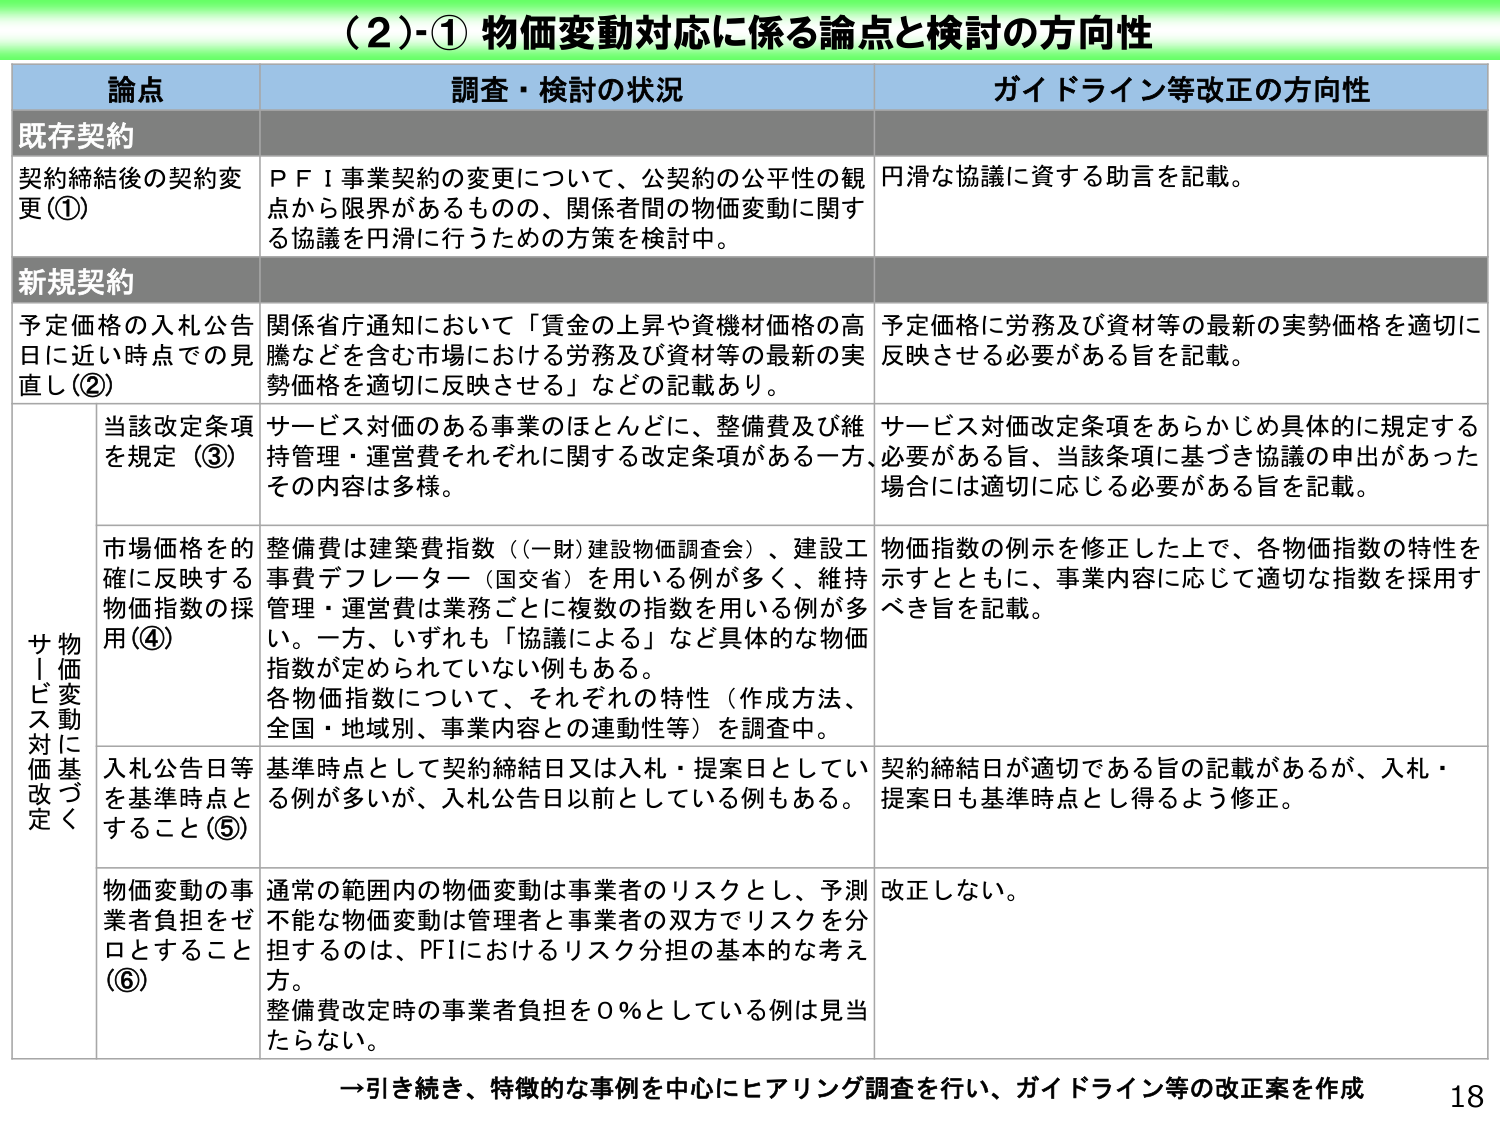
（２）-① 物価変動対応に係る論点と検討の方向性

論点　　　　　　　　　　　　　　　　　　　　　調査・検討の状況　　　　　　　　　　　　　　　　　　　ガイドライン等改正の方向性

既存契約
契約締結後の契約変更（①）　　　　　　　ＰＦＩ事業契約の変更について、公契約の公平性の観点から限界があるものの、関係者間の物価変動に関する協議を円滑に行うための方策を検討中。　　　　　　　　　円滑な協議に資する助言を記載。

新規契約
予定価格の入札公告日に近い時点での見直し（②）　　　　　　　関係省庁通知において「賃金の上昇や資機材価格の高騰などを含む市場における労務及び資材等の最新の実勢価格を適切に反映させる」などの記載あり。　　　　　　　　　予定価格に労務及び資材等の最新の実勢価格を適切に反映させる必要がある旨を記載。

サ｜ビス対価改定
物価変動に基づく
当該改定条項を規定（③）　　　　　　　サービス対価のある事業のほとんどに、整備費及び維持管理・運営費それぞれに関する改定条項がある一方、その内容は多様。　　　　　　　　　サービス対価改定条項をあらかじめ具体的に規定する必要がある旨、当該条項に基づき協議の申出があった場合には適切に応じる必要がある旨を記載。

市場価格を的確に反映する物価指数の採用（④）　　　　　　　整備費は建築費指数（（一財）建設物価調査会）、建設工事費デフレーター（国交省）を用いる例が多く、維持管理・運営費は業務ごとに複数の指数を用いる例が多い。一方、いずれも「協議による」など具体的な物価指数が定められていない例もある。各物価指数について、それぞれの特性（作成方法、全国・地域別、事業内容との連動性等）を調査中。　　　　　　　　　物価指数の例示を修正した上で、各物価指数の特性を示すとともに、事業内容に応じて適切な指数を採用すべき旨を記載。

入札公告日等を基準時点とすること（⑤）　　　　　　　基準時点として契約締結日又は入札・提案日としている例が多いが、入札公告日以前としている例もある。　　　　　　　　　契約締結日が適切である旨の記載があるが、入札・提案日も基準時点とし得るよう修正。

物価変動の事業者負担をゼロとすること（⑥）　　　　　　　通常の範囲内の物価変動は事業者のリスクとし、予測不能な物価変動は管理者と事業者の双方でリスクを分担するのは、ＰＦＩにおけるリスク分担の基本的な考え方。整備費改定時の事業者負担を０％としている例は見当たらない。　　　　　　　　　改正しない。

→引き続き、特徴的な事例を中心にヒアリング調査を行い、ガイドライン等の改正案を作成

18